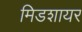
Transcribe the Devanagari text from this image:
मिडशायर